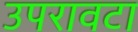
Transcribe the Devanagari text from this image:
उपरावटा